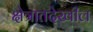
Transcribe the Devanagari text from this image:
क्षेत्रातदेखील